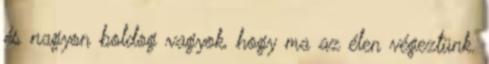
és nagyon boldog vagyok, hogy ma az élen végeztünk.